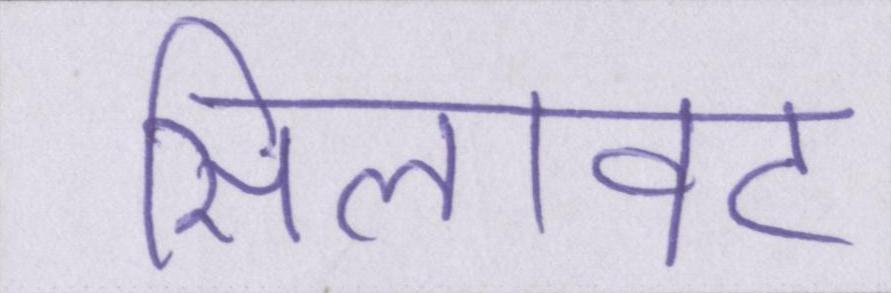
सिलावट